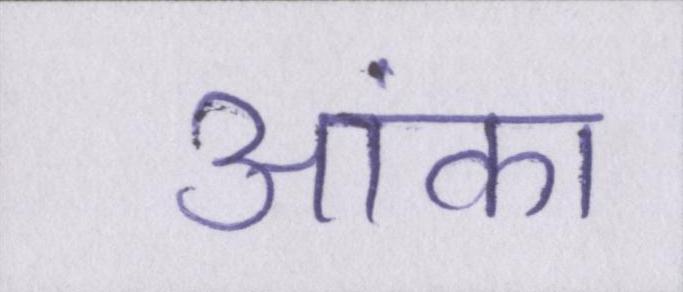
आंका